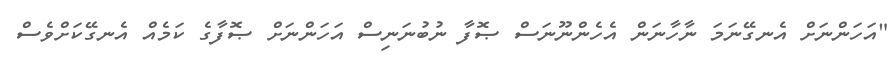
"އަހަންނަށް އެނގޭނަމަ ނާހާނަން އެހެންނޫނަސް ޞޮފާ ނުބުނަނިސް އަހަންނަށް ޞޮފާގެ ކަމެއް އެނގޭކަށްވެސް